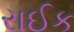
રાઈક